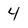
Character: 4